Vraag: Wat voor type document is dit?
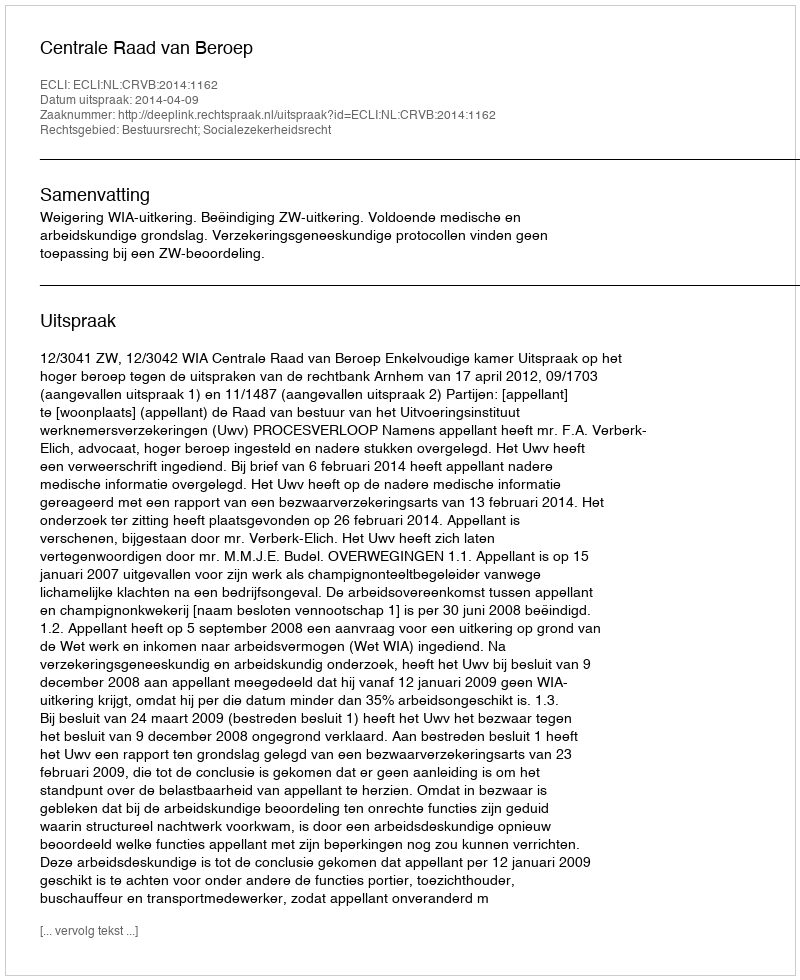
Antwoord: Uitspraak